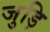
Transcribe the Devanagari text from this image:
जुड़ि